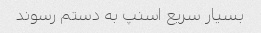
بسیار سریع اسنپ به دستم رسوند